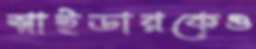
স্নাইডারকেও